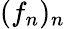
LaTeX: (f_{n})_{n}